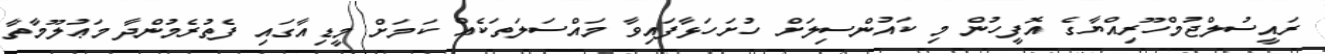
ރައީސުލްޖުމްހޫރިއްޔާގެ އޮފީހުން މި ކައުންސިލަށް ހުށަހަޅާފައިވާ މައްސަލަތަކެއް ކަމަށް މީޑިއާގައި ފެތުރެމުންދާ މަޢުލޫމާތާ